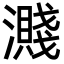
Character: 濺